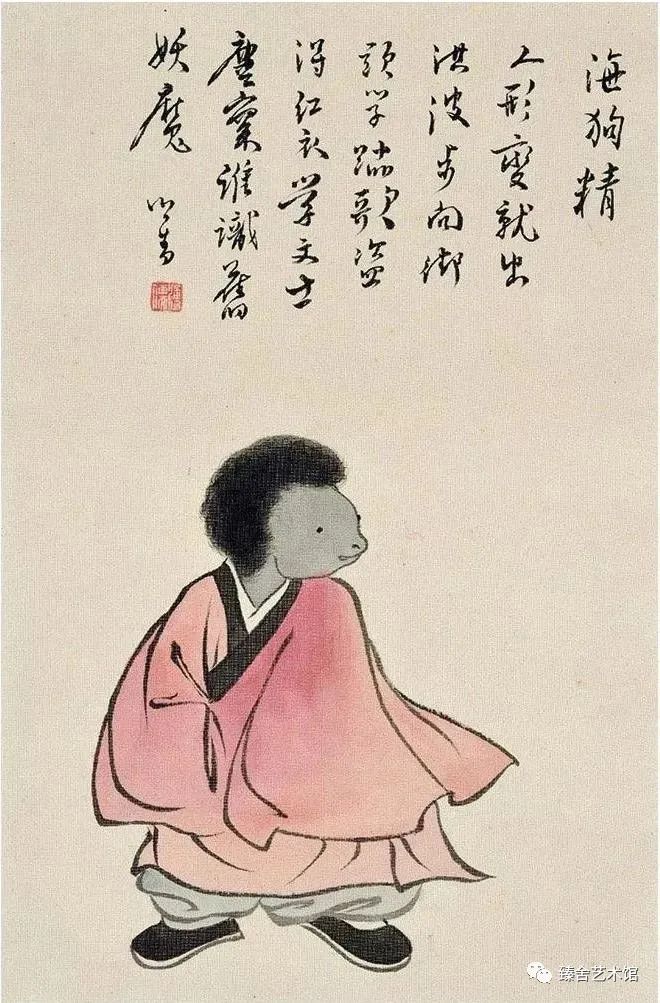
心无备虑，不可以应卒。